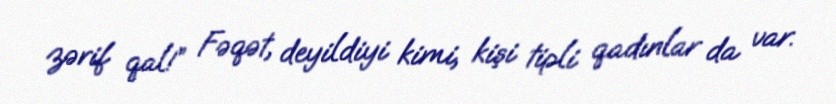
zərif qal!” Fəqət, deyildiyi kimi, kişi tipli qadınlar da var.